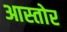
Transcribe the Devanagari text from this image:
आस्तोर